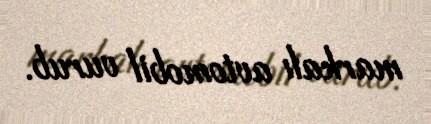
markalı avtomobil vurub.